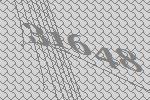
31648